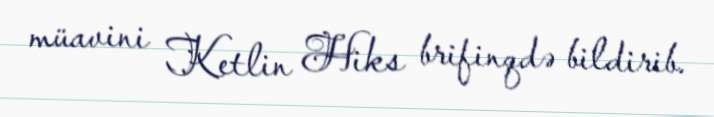
müavini Ketlin Hiks brifinqdə bildirib.